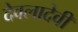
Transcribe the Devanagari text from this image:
देवलादेवी